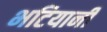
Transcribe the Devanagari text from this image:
भटियानी